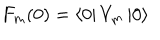
LaTeX: F _ { m } ( 0 ) = \left\langle 0 \right| V _ { m } \left| 0 \right\rangle